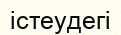
істеудегі